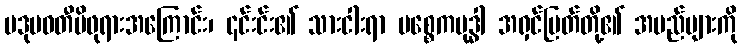
ပဒုမဝတီမိဖုရားအကြောင်း၊ ၎င်းင်း၏ သားငါးရာ ပစ္စေကဗုဒ္ဓါ အရှင်မြတ်တို့၏ အမည်များကို